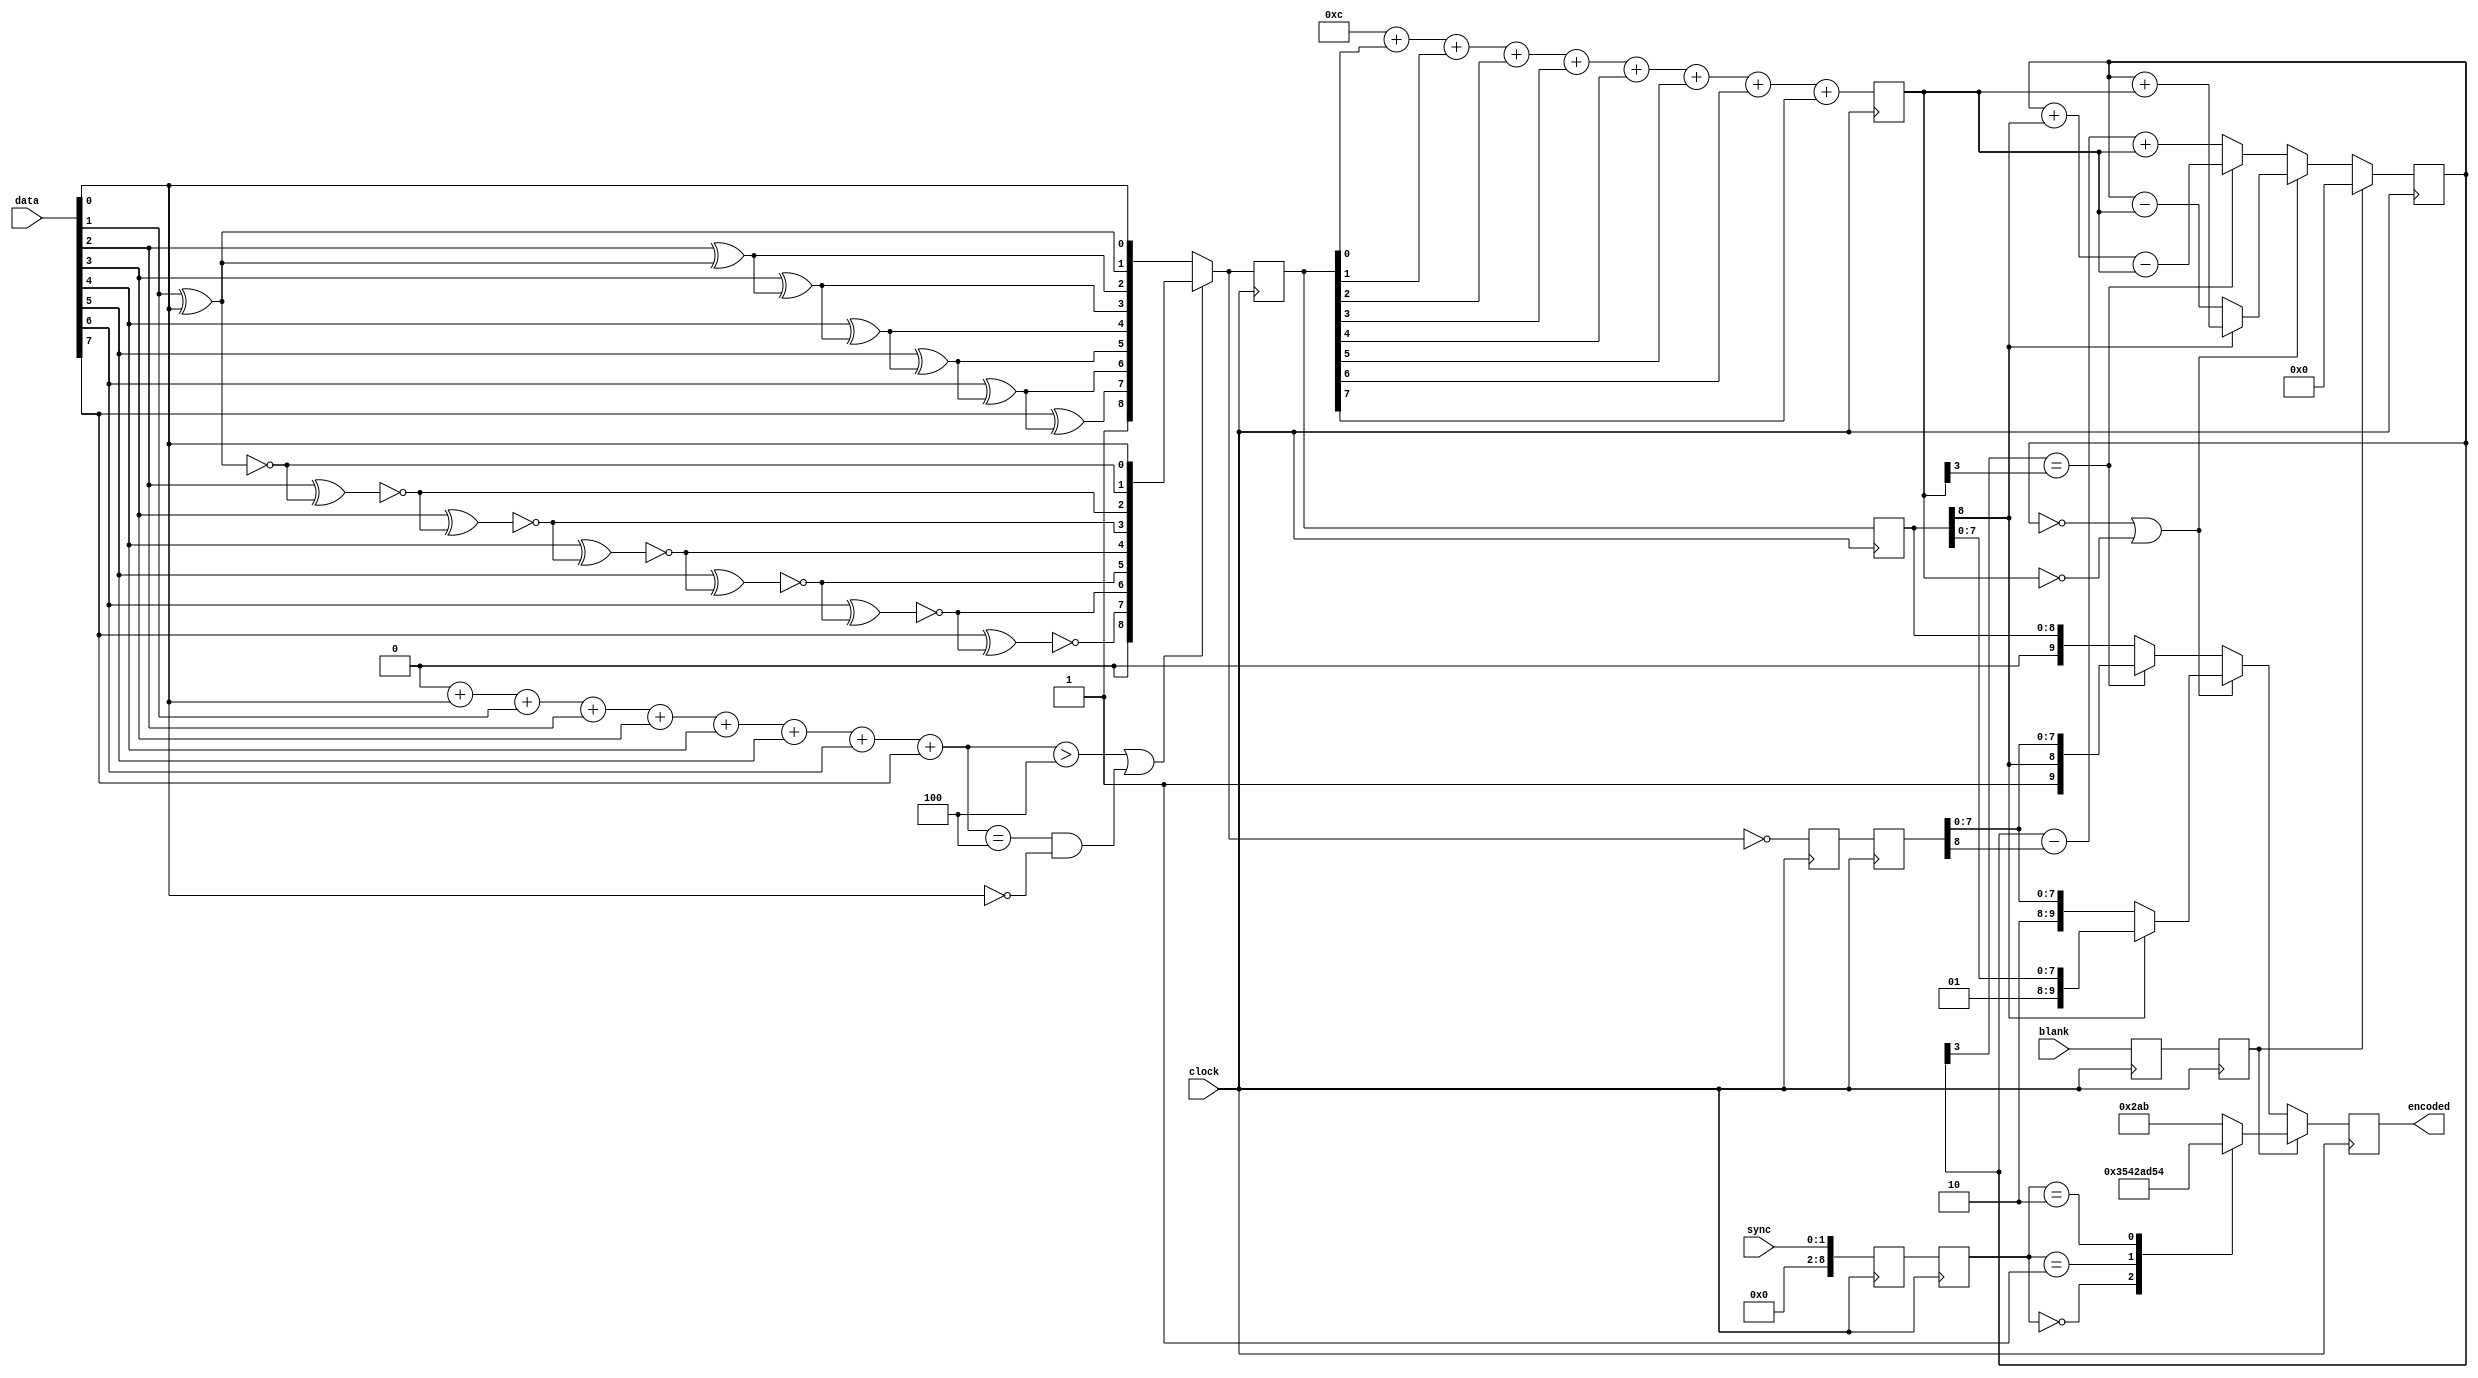
module tmdsEncoder ( input wire       clock,
                                      blank,
                     input wire [7:0] data,
                     input wire [1:0] sync,
                     output reg [9:0] encoded );
  wire [8:0] s_xored, s_xnored, s_dataWord;
  wire [3:0] s_nrOfOnes;
  reg [3:0] s_dcBias;
  wire [3:0] s_dataWordDisparity;
  
  assign s_xored[0] = data[0];
  assign s_xored[1] = data[1] ^ s_xored[0];
  assign s_xored[2] = data[2] ^ s_xored[1];
  assign s_xored[3] = data[3] ^ s_xored[2];
  assign s_xored[4] = data[4] ^ s_xored[3];
  assign s_xored[5] = data[5] ^ s_xored[4];
  assign s_xored[6] = data[6] ^ s_xored[5];
  assign s_xored[7] = data[7] ^ s_xored[6];
  assign s_xored[8] = 1'b1;
  
  assign s_xnored[0] = data[0];
  assign s_xnored[1] = ~(data[1] ^ s_xnored[0]);
  assign s_xnored[2] = ~(data[2] ^ s_xnored[1]);
  assign s_xnored[3] = ~(data[3] ^ s_xnored[2]);
  assign s_xnored[4] = ~(data[4] ^ s_xnored[3]);
  assign s_xnored[5] = ~(data[5] ^ s_xnored[4]);
  assign s_xnored[6] = ~(data[6] ^ s_xnored[5]);
  assign s_xnored[7] = ~(data[7] ^ s_xnored[6]);
  assign s_xnored[8] = 1'b0;
  
  assign s_nrOfOnes = 4'b0+data[0]+data[1]+data[2]+data[3]+
                      data[4]+data[5]+data[6]+data[7];
  assign s_dataWord = ((s_nrOfOnes > 4)||((s_nrOfOnes == 4)&&(data[0] == 1'b0))) ? s_xnored : s_xored;
  
  reg [8:0] s_dataWordReg, s_invertedDataWordReg;
  reg       s_blankReg;
  reg [1:9] s_syncReg; 
  
  always @(posedge clock)
    begin
      s_dataWordReg         <= s_dataWord;
      s_invertedDataWordReg <= ~s_dataWord;
      s_blankReg            <= blank;
      s_syncReg             <= sync;
    end
  
  assign s_dataWordDisparity = 4'b1100+s_dataWordReg[0]+s_dataWordReg[1]+s_dataWordReg[2]+s_dataWordReg[3]+
                               s_dataWordReg[4]+s_dataWordReg[5]+s_dataWordReg[6]+s_dataWordReg[7];

  reg [8:0] s_dataWord1Reg, s_invertedDataWord1Reg;
  reg [3:0] s_s_dataWordDisparityReg;
  reg       s_blank1Reg;
  reg [1:9] s_sync1Reg; 
  
  always @(posedge clock)
    begin
      s_invertedDataWord1Reg   <= s_invertedDataWordReg;
      s_dataWord1Reg           <= s_dataWordReg;
      s_s_dataWordDisparityReg <= s_dataWordDisparity;
      s_blank1Reg              <= s_blankReg;
      s_sync1Reg               <= s_syncReg;
    end
    
  always @(posedge clock)
  begin
    if (s_blank1Reg == 1'b1)
      begin
        case (s_sync1Reg)
          2'b00   : encoded <= 10'b1101010100;
          2'b01   : encoded <= 10'b0010101011;
          2'b10   : encoded <= 10'b0101010100;
          default : encoded <= 10'b1010101011;
        endcase
        s_dcBias <= 4'b0000;
      end
    else
      begin
        if ((s_dcBias == 0)||(s_s_dataWordDisparityReg == 0))
          begin
            if (s_dataWord1Reg[8] == 1'b1)
              begin
                encoded <= {2'b01,s_dataWord1Reg[7:0]};
                s_dcBias <= s_dcBias + s_s_dataWordDisparityReg;
              end
            else
              begin
                encoded <= {2'b10,s_invertedDataWord1Reg[7:0]};
                s_dcBias <= s_dcBias - s_s_dataWordDisparityReg;
              end
          end
        else if (s_dcBias[3] == s_s_dataWordDisparityReg[3])
          begin
            encoded <= {1'b1,s_dataWord1Reg[8],s_invertedDataWord1Reg[7:0]};
            s_dcBias <= s_dcBias + s_dataWord1Reg[8] - s_s_dataWordDisparityReg;
          end
        else
          begin
            encoded <= {1'b0,s_dataWord1Reg};
            s_dcBias <= s_dcBias - s_invertedDataWord1Reg[8] + s_s_dataWordDisparityReg;
          end
      end
  end
endmodule